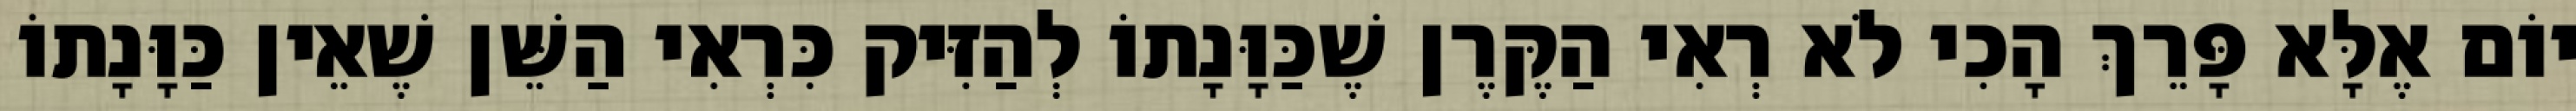
יוֹם אֶלָּא פָּרֵךְ הָכִי לֹא רְאִי הַקֶּרֶן שֶׁכַּוָּנָתוֹ לְהַזִּיק כִּרְאִי הַשֵּׁן שֶׁאֵין כַּוָּנָתוֹ